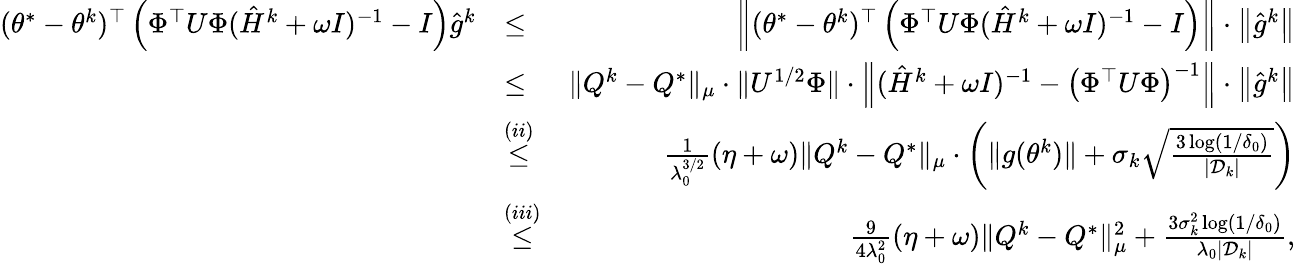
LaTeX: \begin{array}{rlr}{(\theta^{*}-\theta^{k})^{\top}\left(\Phi^{\top}U\Phi(\hat{H}^{k}+\omega I)^{-1}-I\right)\hat{g}^{k}}&{\leq}&{\left\| (\theta^{*}-\theta^{k})^{\top}\left(\Phi^{\top}U\Phi(\hat{H}^{k}+\omega I)^{-1}-I\right)\right\| \cdot\left\| \hat{g}^{k}\right\| }\\ &{\leq}&{\| Q^{k}-Q^{*}\| _{\mu}\cdot\| U^{1/2}\Phi\| \cdot\left\| (\hat{H}^{k}+\omega I)^{-1}-\left(\Phi^{\top}U\Phi\right)^{-1}\right\| \cdot\left\| \hat{g}^{k}\right\| }\\ &{\overset{(ii)}{\leq}}&{\frac{1}{\lambda_{0}^{3/2}}(\eta+\omega)\| Q^{k}-Q^{*}\| _{\mu}\cdot\left(\| g(\theta^{k})\| +\sigma_{k}\sqrt{\frac{3\log(1/\delta_{0})}{|\mathcal{D}_{k}|}}\right)}\\ &{\overset{(iii)}{\leq}}&{\frac{9}{4\lambda_{0}^{2}}(\eta+\omega)\| Q^{k}-Q^{*}\| _{\mu}^{2}+\frac{3\sigma_{k}^{2}\log(1/\delta_{0})}{\lambda_{0}|\mathcal{D}_{k}|},}\end{array}